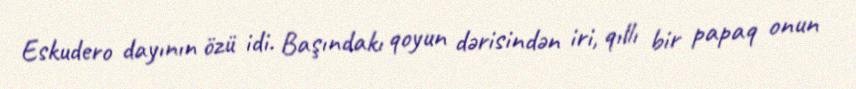
Eskudero dayının özü idi. Başındakı qoyun dərisindən iri, qıllı bir papaq onun